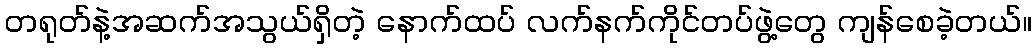
တရုတ်နဲ့အဆက်အသွယ်ရှိတဲ့ နောက်ထပ် လက်နက်ကိုင်တပ်ဖွဲ့တွေ ကျန်စေခဲ့တယ်။